Bombay plague: being a history of the progress of plague in the Bombay presidency from September 1896 to June 1899
Year: 1896
Disease focus: Plague
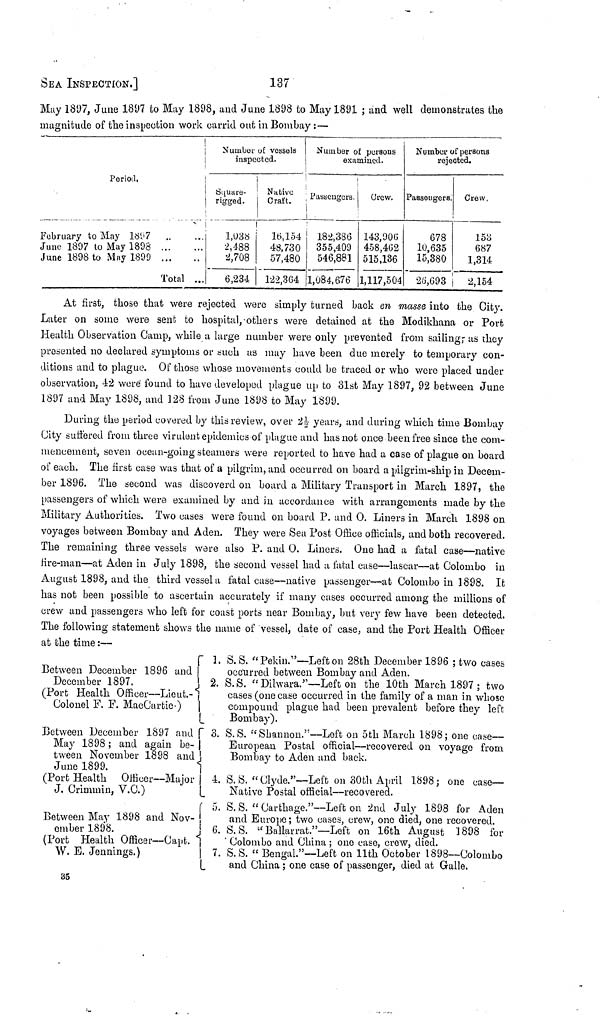
SEA INSPECTION.]
137
May 1897, June 1897 to May 1898, and Jane 1898 to May 1891 ; and well demonstrates the
magnitude of the inspection work carrid out in Bombay :—
Period.
February to May 1897
June 1897 to May 1898
June 1898 to May 1890 ...
Total
...
··
...
Number of vessels
inspected.
Square-
rigged.
1,038
2,488
2,708
6,234
Native
Craft.
16,154
48,730
57,480
122,364
Number of persons
examined.
Passengers.
182,386
355,409
546,881
1,084,676
Crew.
143,906
458,462
515,136
1,117,504
Number of persons
rejected.
Passengers.
678
10,635
15,380
26,693
Crew,
153
687
1,314
2,154
At first, those that were rejected were simply turned back en masse into the City.
Later on some were sent to hospital, others were detained at the Modikhana or Port
Health Observation Camp, while a large number were only prevented from sailing; as they
presented no declared symptoms or such as may have been due merely to temporary con-
ditions and to plague. Of those whose movements could be traced or who were placed under
observation, 42 were found to have developed plague up to 31st May 1897, 92 between June
1897 and May 1898, and 128 from June 1898 to May 1899.
During the period covered by this review, over 2½ years, and during which time Bombay
City suffered from three virulent epidemics of plague and has not once been free since the com-
mencement, seven ocean-going steamers were reported to have had a case of plague on board
of each. The first case was that of a pilgrim, and occurred on board a pilgrim-ship in Decem-
ber 1896. The second was discoverd on board a Military Transport in March 1897, the
passengers of which were examined by and in accordance with arrangements made by the
Military Authorities. Two cases were found on board P. and 0. Liners in March 1898 on
voyages between Bombay and Aden. They were Sea Post Office officials, and both recovered.
The remaining three vessels were also P. and 0. Liners. One had a fatal case—native
fire-man—at Aden in July 1898, the second vessel had a fatal case—lascar—at Colombo in
August 1898, and the third vessel a fatal case—native passenger—at Colombo in 1898. It
has not been possible to ascertain accurately if many cases occurred among the millions of
crew and passengers who left for coast ports near Bombay, but very few have been detected.
The following statement shows the name of vessel, date of case, and the Port Health Officer
at the time :—
Between December 1896 and
December 1897.
(Port Health
Officer—Lieut.
Colonel F. F. MacCartie·)
Between December 1897 and
May 1898 ; and again be-
tween November 1898 and
June 1899.
(Port Health Officer—Major
J. Crimmin, V.C.)
Between May 1898 and Nov-
ember 1898.
(Port Health Officer— Capt.
W. E. Jennings.)
1. S. S. "Pekin."— Left on 28th December 1896 ; two cases
occurred between Bombay and Aden.
2. S. S. " Dilwara."— Left on the 10th March 1897 ; two
cases (one case occurred in the family of a man in whose
compound plague had been prevalent before they left
Bombay).
3. S.S. " Shannon."— Left on 5th March 1898; one case-
European Postal official—recovered on voyage from
Bombay to Aden and back.
4. S. S. "Clyde."— Left on 30th April 1898; one case-
Native Postal official—recovered.
5. S. S. " Carthage."— Left on 2nd July 1898 for Aden
and Europe ; two cases, crew, one died, one recovered.
6. S. S. "Ballarrat."— Left on 16th August 1898 for
Colombo and China ; one case, crew, died.
7. S. S. "Bengal."— Left on 11th October 1898— Colombo
and China ; one case of passenger, died at Galle.
35